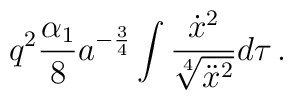
q^2\frac{\alpha_1}{8}a^{-\frac34}\int{\frac{\dot{x}^2}{\sqrt[4]{\ddot{x}^2}}d\tau}\,.